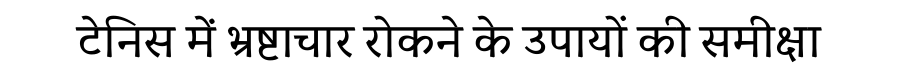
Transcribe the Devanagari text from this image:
टेनिस में भ्रष्टाचार रोकने के उपायों की समीक्षा